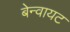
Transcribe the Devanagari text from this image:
बेन्वायट